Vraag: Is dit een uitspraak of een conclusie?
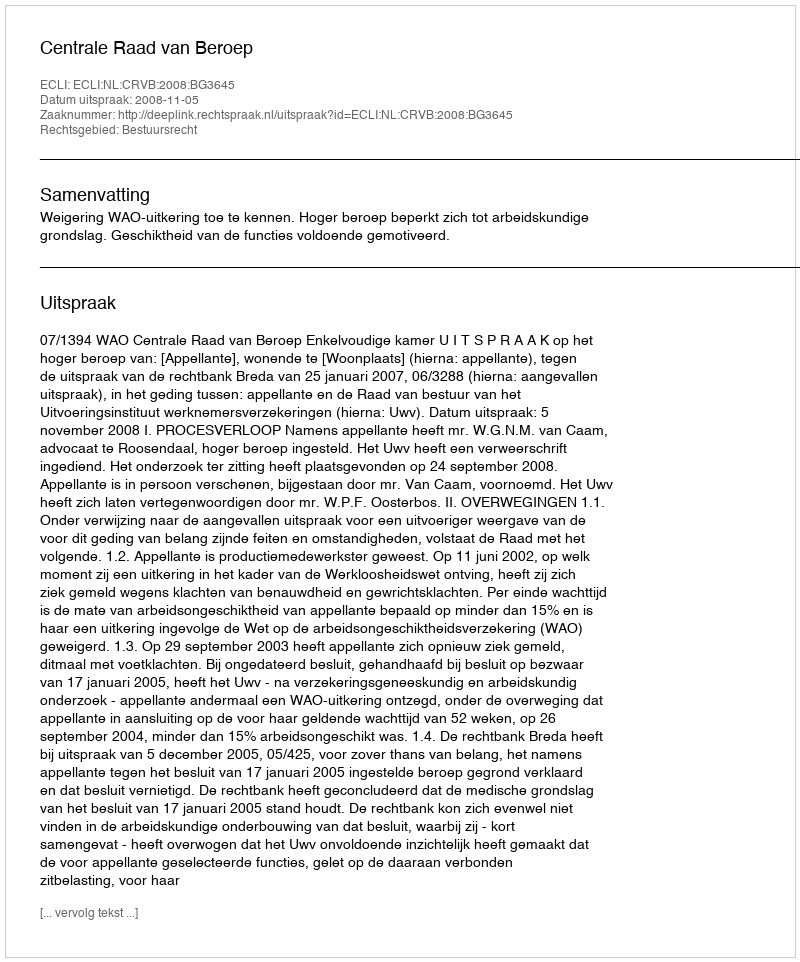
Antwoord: Uitspraak